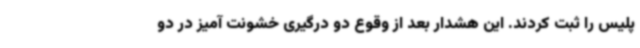
پلیس را ثبت کردند. این هشدار بعد از وقوع دو درگیری خشونت آمیز در دو